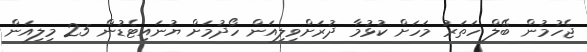
ޖެހުމުން ބޭލް ހަތަރު މަހަށް ކުޅުމާ ދުރަށްވިލިއަން ހޯދުމަށް ޔުނައިޓެޑުން 25 މިލިއަން